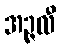
အဉ္ဇလီ